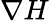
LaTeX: \nabla H